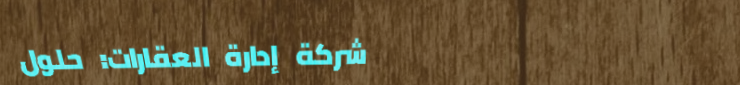
شركة إدارة العقارات: حلول